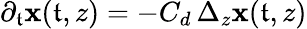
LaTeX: \partial_{\mathfrak{t}}\mathbf{x}(\mathfrak{t},z)=-C_{d}\, \Delta_{z}\mathbf{x}(\mathfrak{t},z)